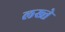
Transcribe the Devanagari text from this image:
लख्ते